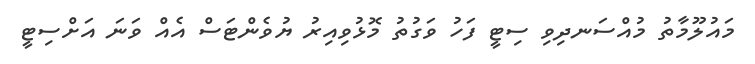
މައުލޫމާތު މުއްސަނދިވި ސިޓީ ފަހު ވަގުތު މޮޅުވިއިރު ޔުވެންޓަސް އެއް ވަނަ އަށްސިޓީ